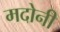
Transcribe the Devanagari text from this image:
मदोनी